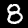
Digit: 8